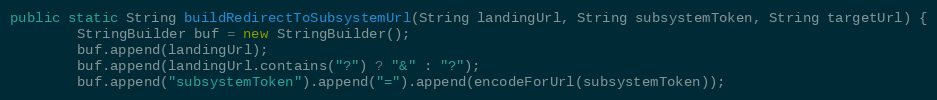
Language: Java
public static String buildRedirectToSubsystemUrl(String landingUrl, String subsystemToken, String targetUrl) {
        StringBuilder buf = new StringBuilder();
        buf.append(landingUrl);
        buf.append(landingUrl.contains("?") ? "&" : "?");
        buf.append("subsystemToken").append("=").append(encodeForUrl(subsystemToken));